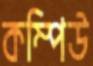
কম্পিউ